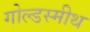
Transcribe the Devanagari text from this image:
गोल्डस्मीथ